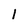
Character: 1